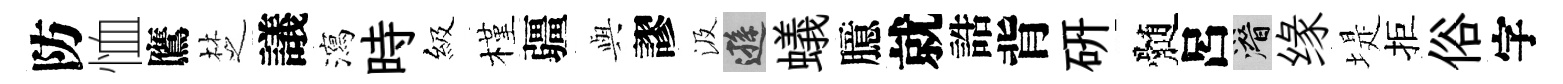
防恤鷹椘議瀉時級槿疆𫤰謬汲遜蟻臆就誥背硏髄呂潜缘堤拒俗字